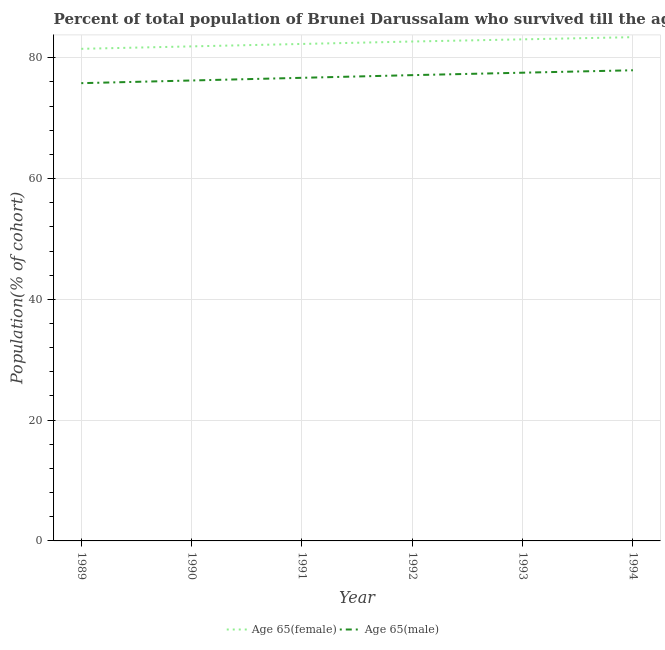
| Year | Age 65(female) | Age 65(male) |
 | --- | --- | --- |
 | 1989 | 81.5 | 75.8 |
 | 1990 | 81.9 | 76.2 |
 | 1991 | 82.3 | 76.7 |
 | 1992 | 82.7 | 77.1 |
 | 1993 | 83.1 | 77.5 |
 | 1994 | 83.4 | 77.9 |